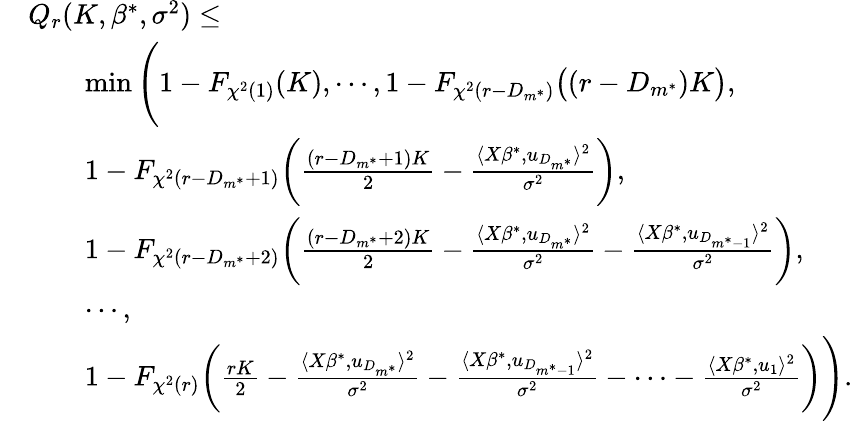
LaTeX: \begin{array}{rl}&{Q_{r}(K,\beta^{*},\sigma^{2})\leq}\\ &{\quad\quad\operatorname*{min}\Bigg(1-F_{\chi^{2}(1)}(K),\cdots,1-F_{\chi^{2}(r-D_{m^{*}})}\big((r-D_{m^{*}})K\big),}\\ &{\quad\quad 1-F_{\chi^{2}(r-D_{m^{*}}+1)}\bigg(\frac{(r-D_{m^{*}}+1)K}{2}-\frac{\langle X\beta^{*},u_{D_{m^{*}}}\rangle^{2}}{\sigma^{2}}\bigg),}\\ &{\quad\quad 1-F_{\chi^{2}(r-D_{m^{*}}+2)}\bigg(\frac{(r-D_{m^{*}}+2)K}{2}-\frac{\langle X\beta^{*},u_{D_{m^{*}}}\rangle^{2}}{\sigma^{2}}-\frac{\langle X\beta^{*},u_{D_{m^{*}-1}}\rangle^{2}}{\sigma^{2}}\bigg),}\\ &{\quad\quad\cdots,}\\ &{\quad\quad 1-F_{\chi^{2}(r)}\bigg(\frac{rK}{2}-\frac{\langle X\beta^{*},u_{D_{m^{*}}}\rangle^{2}}{\sigma^{2}}-\frac{\langle X\beta^{*},u_{D_{m^{*}-1}}\rangle^{2}}{\sigma^{2}}-\cdots-\frac{\langle X\beta^{*},u_{1}\rangle^{2}}{\sigma^{2}}\bigg)\Bigg).}\end{array}